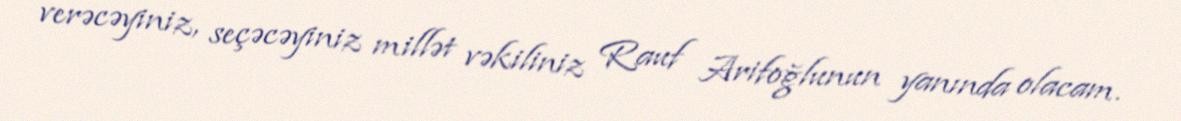
verəcəyiniz, seçəcəyiniz millət vəkiliniz Rauf Arifoğlunun yanında olacam.